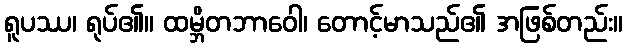
ရူပဿ၊ ရုပ်၏။ ထမ္ဘိတဘာဝေါ၊ တောင့်မာသည်၏ အဖြစ်တည်း။